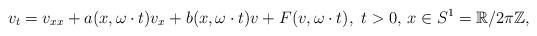
LaTeX: \begin{align*}v_t=v_{xx}+a(x,\omega\cdot t)v_x+b(x,\omega\cdot t)v+F(v,\omega\cdot t),\,\,t>0,\,x\in S^{1}=\mathbb{R}/2\pi \mathbb{Z},\end{align*}